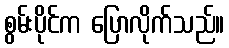
စွမ်းပိုင်က ပြောလိုက်သည်။